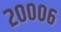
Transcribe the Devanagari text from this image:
२०००६